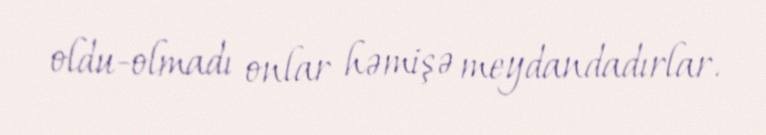
oldu-olmadı onlar həmişə meydandadırlar.